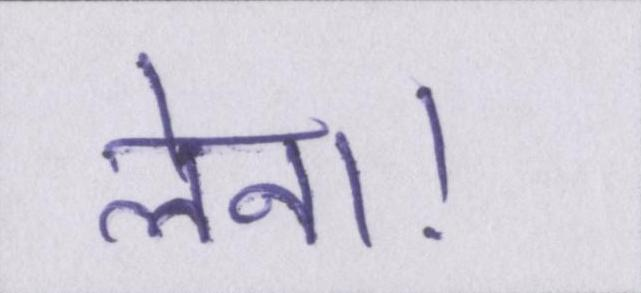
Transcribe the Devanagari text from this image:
लेना।